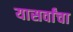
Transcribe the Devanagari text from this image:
यासर्वांचा